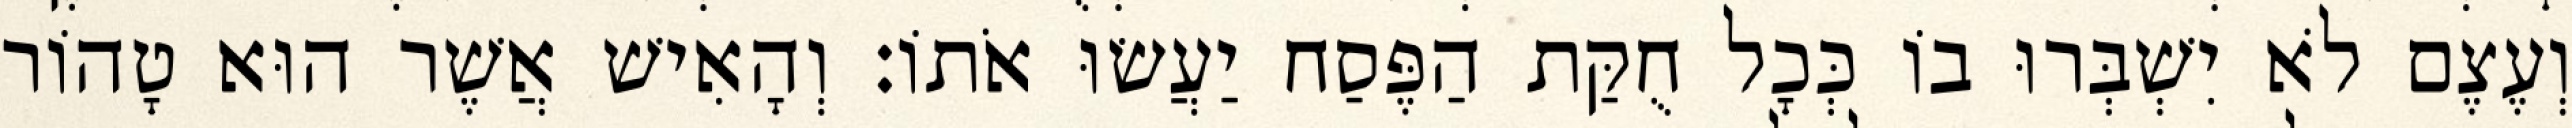
וְעֶצֶם לֹא יִשְׁבְּרוּ בוֹ כְּכָל חֻקַּת הַפֶּסַח יַעֲשׂוּ אֹתוֹ׃ וְהָאִישׁ אֲשֶׁר הוּא טָהוֹר